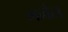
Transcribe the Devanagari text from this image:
मनेल